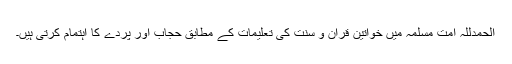
الحمدللہ امت مسلمہ میں خواتین قرآن و سنت کی تعلیمات کے مطابق حجاب اور پردے کا اہتمام کرتی ہیں۔